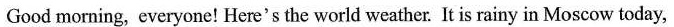
Good morning, everyone! Here's the world weather. It is rainy in Moscow today,